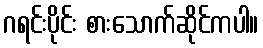
ဂရင်းပိုင်း စားသောက်ဆိုင်ကပါ။